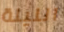
الليلة